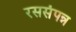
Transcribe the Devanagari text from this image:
रससंपन्न